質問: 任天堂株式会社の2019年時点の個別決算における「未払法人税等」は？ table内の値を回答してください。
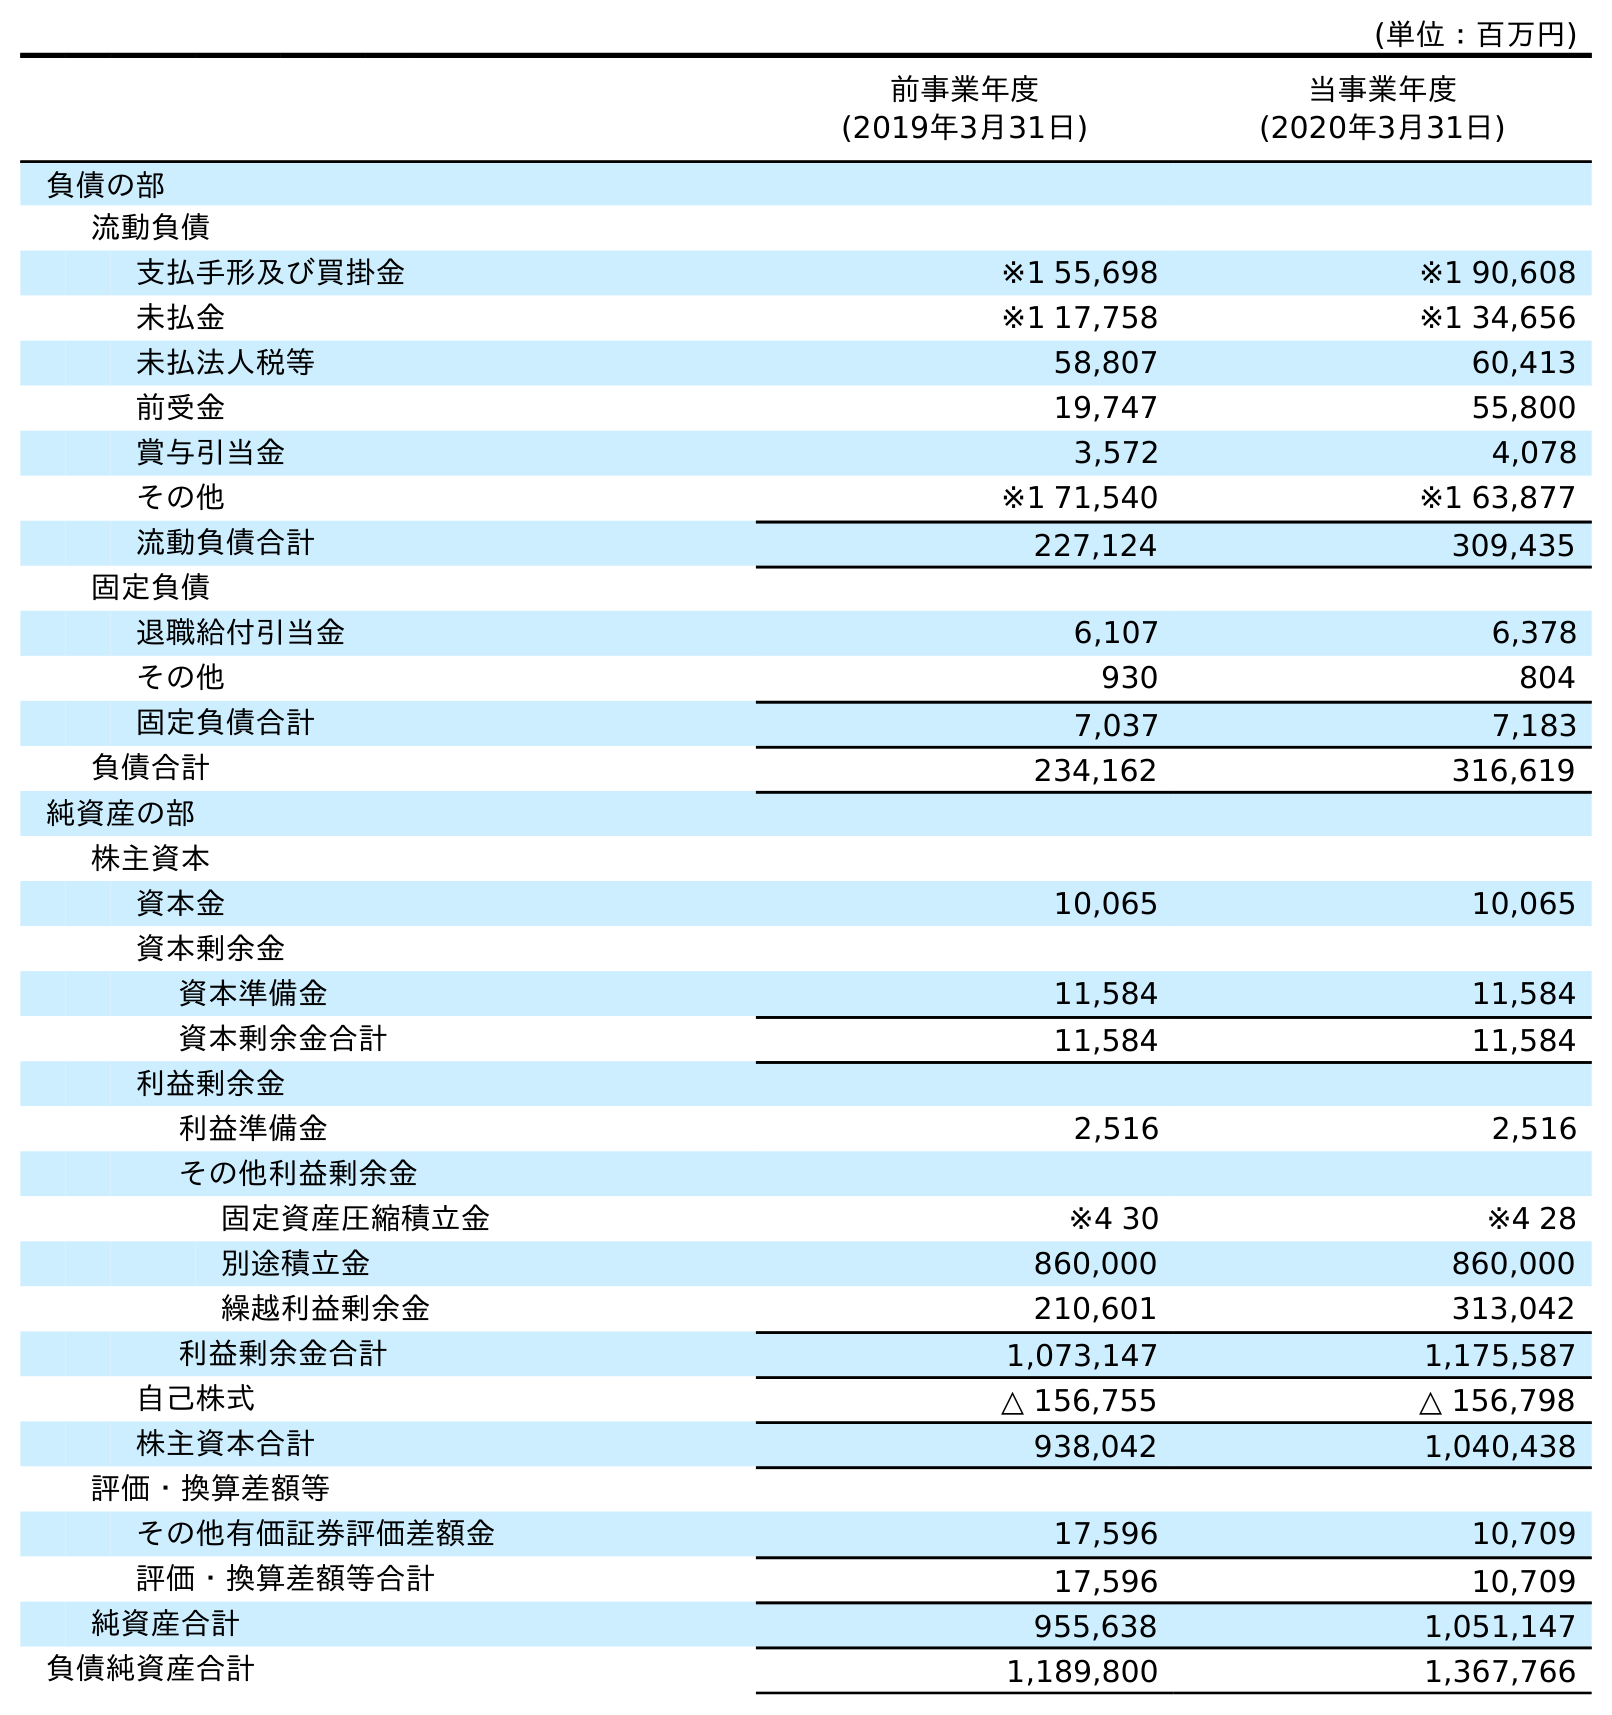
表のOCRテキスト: (単位：百万円) 前事業年度 (2019年3月31日) 当事業年度 (2020年3月31日) 負債の部 流動負債 支払手形及び買掛金 ※1 55,698 ※1 90,608 未払金 ※1 17,758 ※1 34,656 未払法人税等 58,807 60,413 前受金 19,747 55,800 賞与引当金 3,572 4,078 その他 ※1 71,540 ※1 63,877 流動負債合計 227,124 309,435 固定負債 退職給付引当金 6,107 6,378 その他 930 804 固定負債合計 7,037 7,183 負債合計 234,162 316,619 純資産の部 株主資本 資本金 10,065 10,065 資本剰余金 資本準備金 11,584 11,584 資本剰余金合計 11,584 11,584 利益剰余金 利益準備金 2,516 2,516 その他利益剰余金 固定資産圧縮積立金 ※4 30 ※4 28 別途積立金 860,000 860,000 繰越利益剰余金 210,601 313,042 利益剰余金合計 1,073,147 1,175,587 自己株式 △ 156,755 △ 156,798 株主資本合計 938,042 1,040,438 評価・換算差額等 その他有価証券評価差額金 17,596 10,709 評価・換算差額等合計 17,596 10,709 純資産合計 955,638 1,051,147 負債純資産合計 1,189,800 1,367,766
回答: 58,807